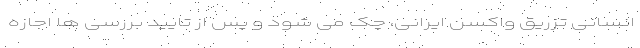
انسانی تزریق واکسن ایرانی، چک می شود و پس از تایید بررسی ها اجازه